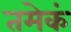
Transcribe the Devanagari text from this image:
तमेकं